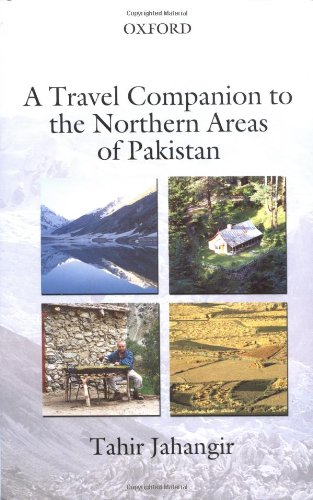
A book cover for A Travel Companion to the Northern Areas of Pakistan; Tahir Jahangir; Travel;